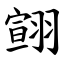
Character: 翧